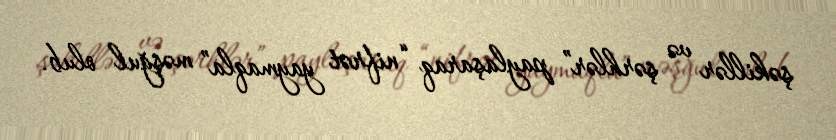
şəkillər və şərhlər” paylaşaraq “nifrət yaymaqla” məşğul olub.